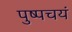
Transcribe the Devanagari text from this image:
पुष्पचयं